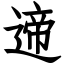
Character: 遆